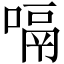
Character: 嗝